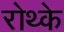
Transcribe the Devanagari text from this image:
रोथ्के